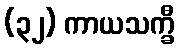
(၃၂) ကာယသက္ခီ